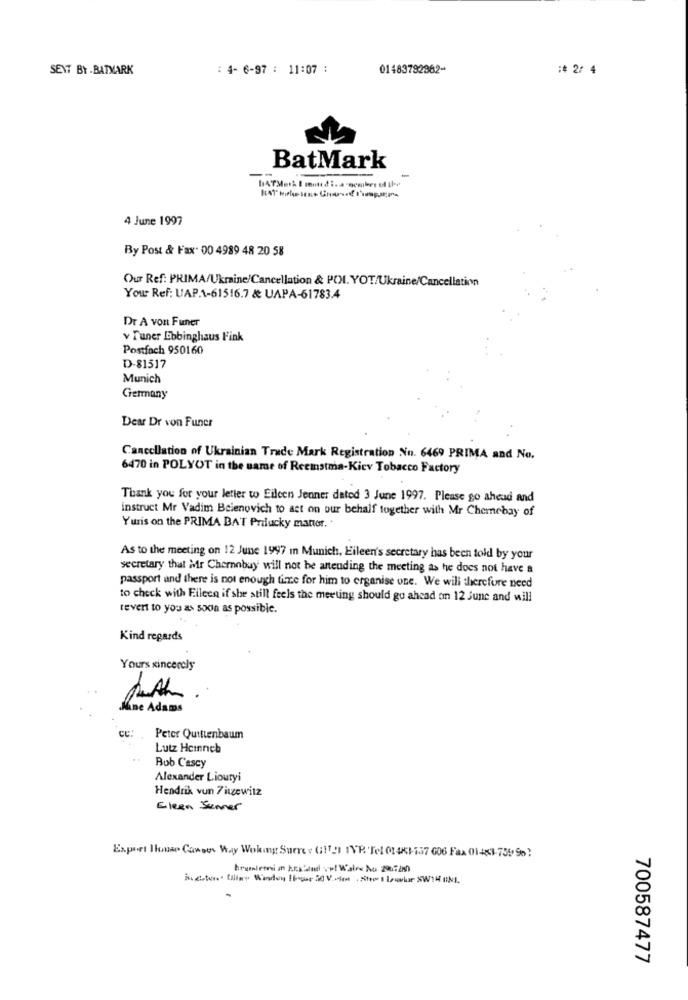
SENT BY . BATMARK
: 4- 6-97 : 11:07 :
01483792962-
# 2/ 4
BatMark
==
4 June 1997
By Post & Fax. 00 4989 48 20 58
Our Ref: PRIMA/Ukraine/Cancellation & POI. YOT/Ukraine/Cancellation
Your Ref: UAP.1-61516.7 & UAPA-61783.4
Dr A von Funer
v Tuner Ebbinghaus Fink
Postfach 950160
D-81517
Munich
Germany
Dear Dr von Funer
Cancellation of Ukrainian Trade Mark Registration No. 6469 PRIMA and No.
6470 in POLYOT in the name of Reemstma-Kicv Tobacco Factory
Thank you for your letter to Eileen Jenner dated 3 June 1997. Please go ahead and
instruct Mr Vadim Belenovich to act on our behalf together with Mr Chemebay of
Yuris on the PRIMA BAT Prilucky manter.
As to the meeting on 12 June 1997 in Munich, Eileen's secretary has been told by your
secretary that Mr Chemobuy will not be attending the meeting as he does not have a
passport and there is not enough time for him to organise one. We will therefore need
to check with Fileca if she still feels the meeting should go ahead on 12 June and will
revert to you as soon as possible.
Kind regards
Yours sincerely
Nane Adams
CC :
Peter Quittenbaum
Lutz Heinneb
Bob Cascy
Alexander Lioutyi
Hendrik vun Zigewitz
Eleen Semer
Export Howar Canoes Way Woking Surre: G112 TVP. Tel 01 441-157 006 Fax 01-483-739 90?
bremslem an krs and vo! Walra No 2007280
700587477